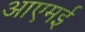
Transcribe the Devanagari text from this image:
आएमई